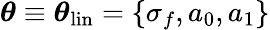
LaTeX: \boldsymbol\theta\equiv\boldsymbol\theta_{\mathrm{lin}}=\{ \sigma_{f},a_{0},a_{1}\}